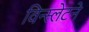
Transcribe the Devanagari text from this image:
विन्स्लेटने